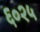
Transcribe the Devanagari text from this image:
६०२५